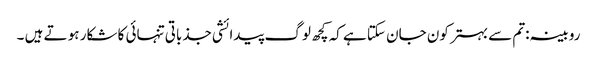
روبینہ:تم سے بہتر کون جان سکتا ہے کہ کچھ لوگ پیدائشی جذباتی تنہائی کا شکار ہو تے ہیں ۔